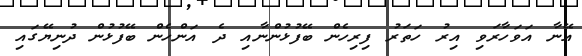
އޭނާ އަވަހާރަވި އިރު ހަތަރު ފިރިހެން ބޭފުޅުންނާއި ދެ އަންހެން ބޭފުޅުން ދުނިޔޭގައި